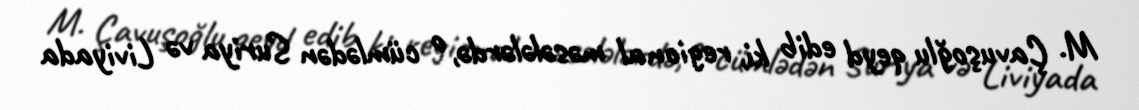
M. Çavuşoğlu qeyd edib ki, regional məsələlərdə, o cümlədən Suriya və Liviyada